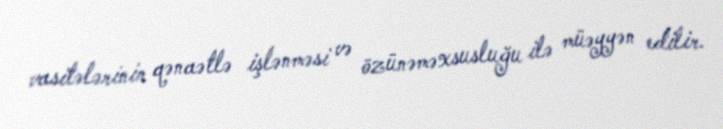
vasitələrinin qənaətlə işlənməsi və özünəməxsusluğu ilə müəyyən edilir.